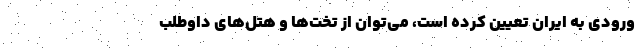
ورودی به ایران تعیین کرده است، می‌توان از تخت‌ها و هتل‌های داوطلب